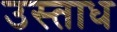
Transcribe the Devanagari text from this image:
उस्ताध